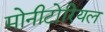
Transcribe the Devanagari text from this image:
मोनीटोरियल